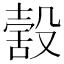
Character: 𣪸